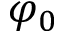
\varphi _ { 0 }